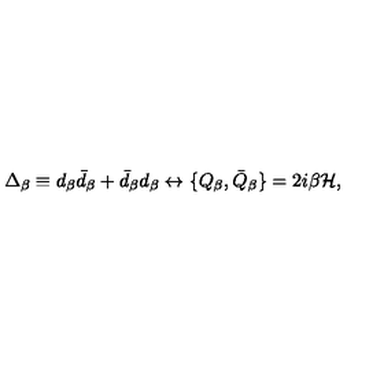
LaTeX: \Delta _ { \beta } \equiv d _ { \beta } \bar { d } _ { \beta } + \bar { d } _ { \beta } d _ { \beta } \leftrightarrow \{ Q _ { \beta } , \bar { Q } _ { \beta } \} = 2 i \beta { \cal H } ,